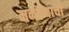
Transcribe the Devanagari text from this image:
मनोर्‍याची